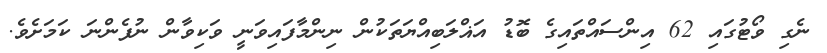
ނެގި ވޯޓުގައި 62 އިންސައްތައިގެ ބޮޑު އަޣްލަބިއްޔަތަކުން ނިންމާފައިވަނީ ވަކިވާން ނުފެންނަ ކަމަށެވެ.